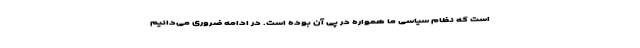
است که نظام سیاسی ما همواره در پی آن بوده است. در ادامه ضروری می‌دانیم